Theory and practice of anti-rabic immunisation - Number 30
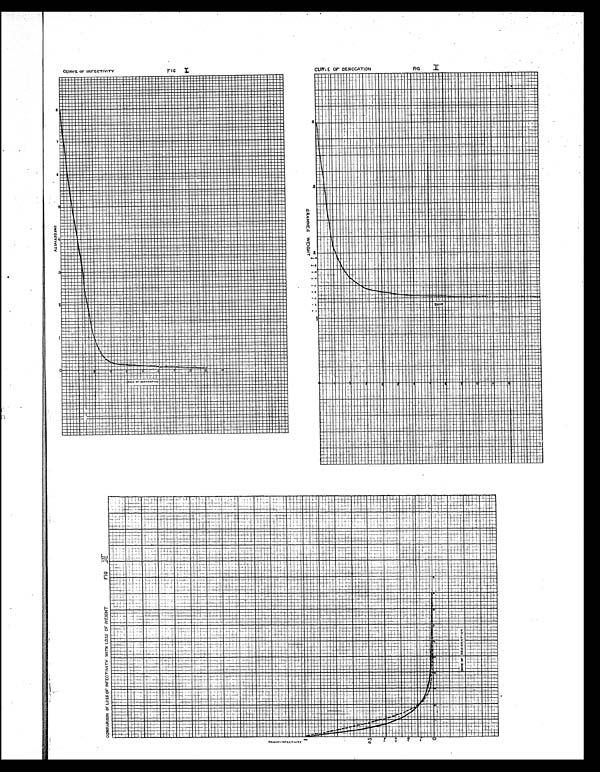
FI G. I I .
FIG. I.
F I G . I I I .